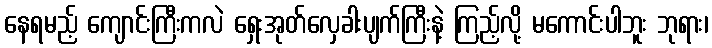
နေရမည့် ကျောင်းကြီးကလဲ ရှေးအုတ်လှေခါးပျက်ကြီးနဲ့ ကြည့်လို့ မကောင်းပါဘူး ဘုရား၊